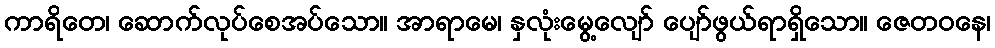
ကာရိတေ၊ ဆောက်လုပ်စေအပ်သော။ အာရာမေ၊ နှလုံးမွေ့လျော် ပျော်ဖွယ်ရာရှိသော။ ဇေတဝနေ၊